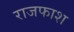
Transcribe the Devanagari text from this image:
राजफाश